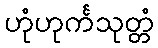
ဟုံဟုင်္ကသုတ္တံ